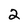
Character: 2